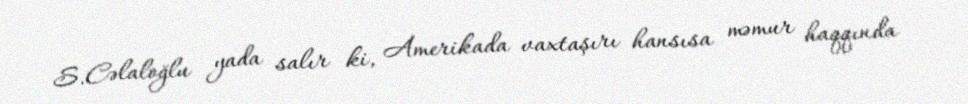
S.Cəlaloğlu yada salır ki, Amerikada vaxtaşırı hansısa məmur haqqında